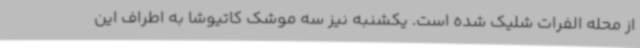
از محله الفرات شلیک شده است. یکشنبه نیز سه موشک کاتیوشا به اطراف این